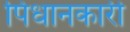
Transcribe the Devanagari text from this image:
पिधानकारी